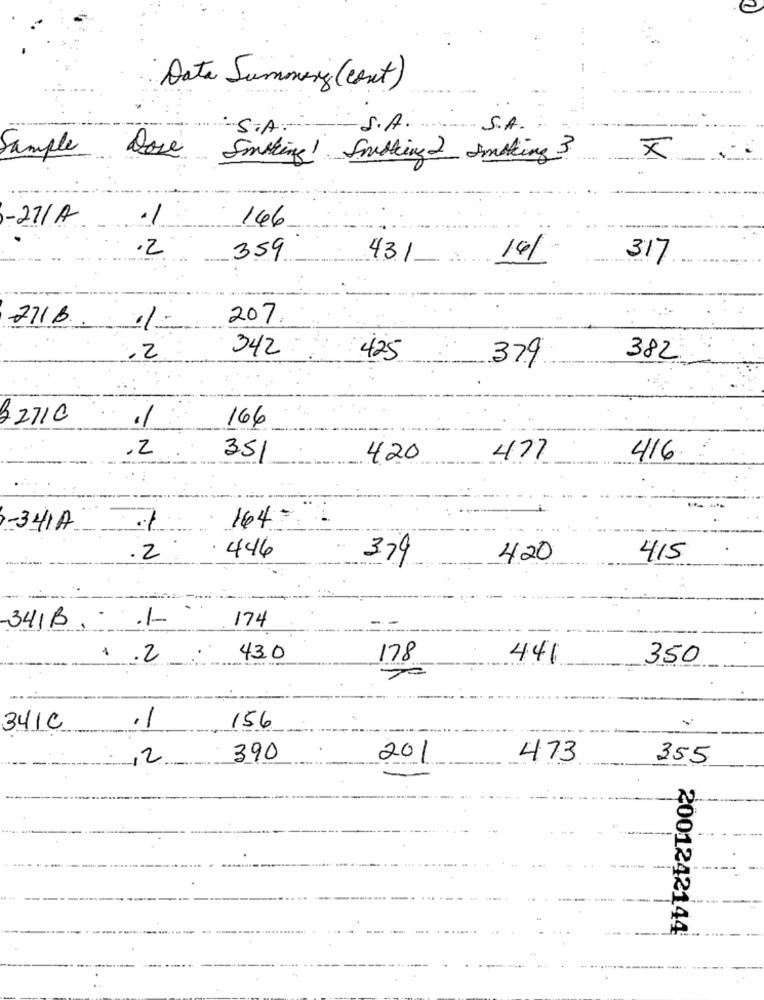
Date Summing (cont)
S.A.
S.A.
S.A.
Dose
Sample
Somthing! Smashing 2 Smoking 3.
x
-27/A
.1
146
2
359
43.1
14/
317
271B
207.
342
.2
425
382
379
82710
.1
166
,2
351
4,20
477
416
164:
-341A
.2
. N
446
379
420
415
. .
1
174
-341B
1 .2
43.0
178
441
350
341C
.1
156
------
---
,2
390
201
473
355
2001242144